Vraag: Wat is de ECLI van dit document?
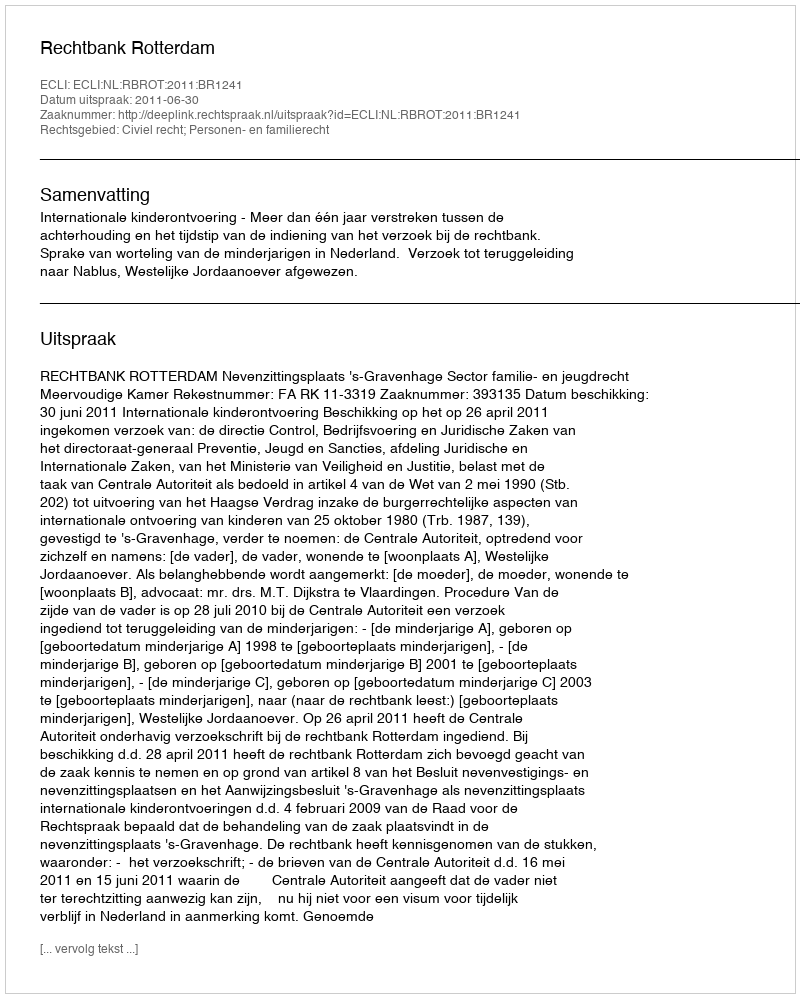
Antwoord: ECLI:NL:RBROT:2011:BR1241